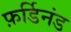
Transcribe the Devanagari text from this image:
फ़र्डिनंड